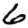
Digit: 6